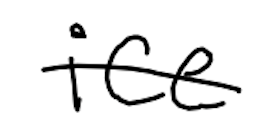
Text: ice
Cross-out: single-line
Writing tool: digital_black